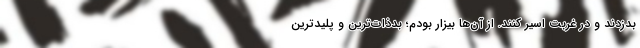
بدزدند و در غربت اسیر کنند. از آن‌ها بیزار بودم؛ بدذات‌ترین و پلیدترین